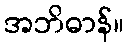
အဘိဓာန်။